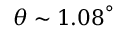
\ensuremath { \theta } \ensuremath { \sim } 1 . { 0 8 } ^ { \ensuremath { \circ } }